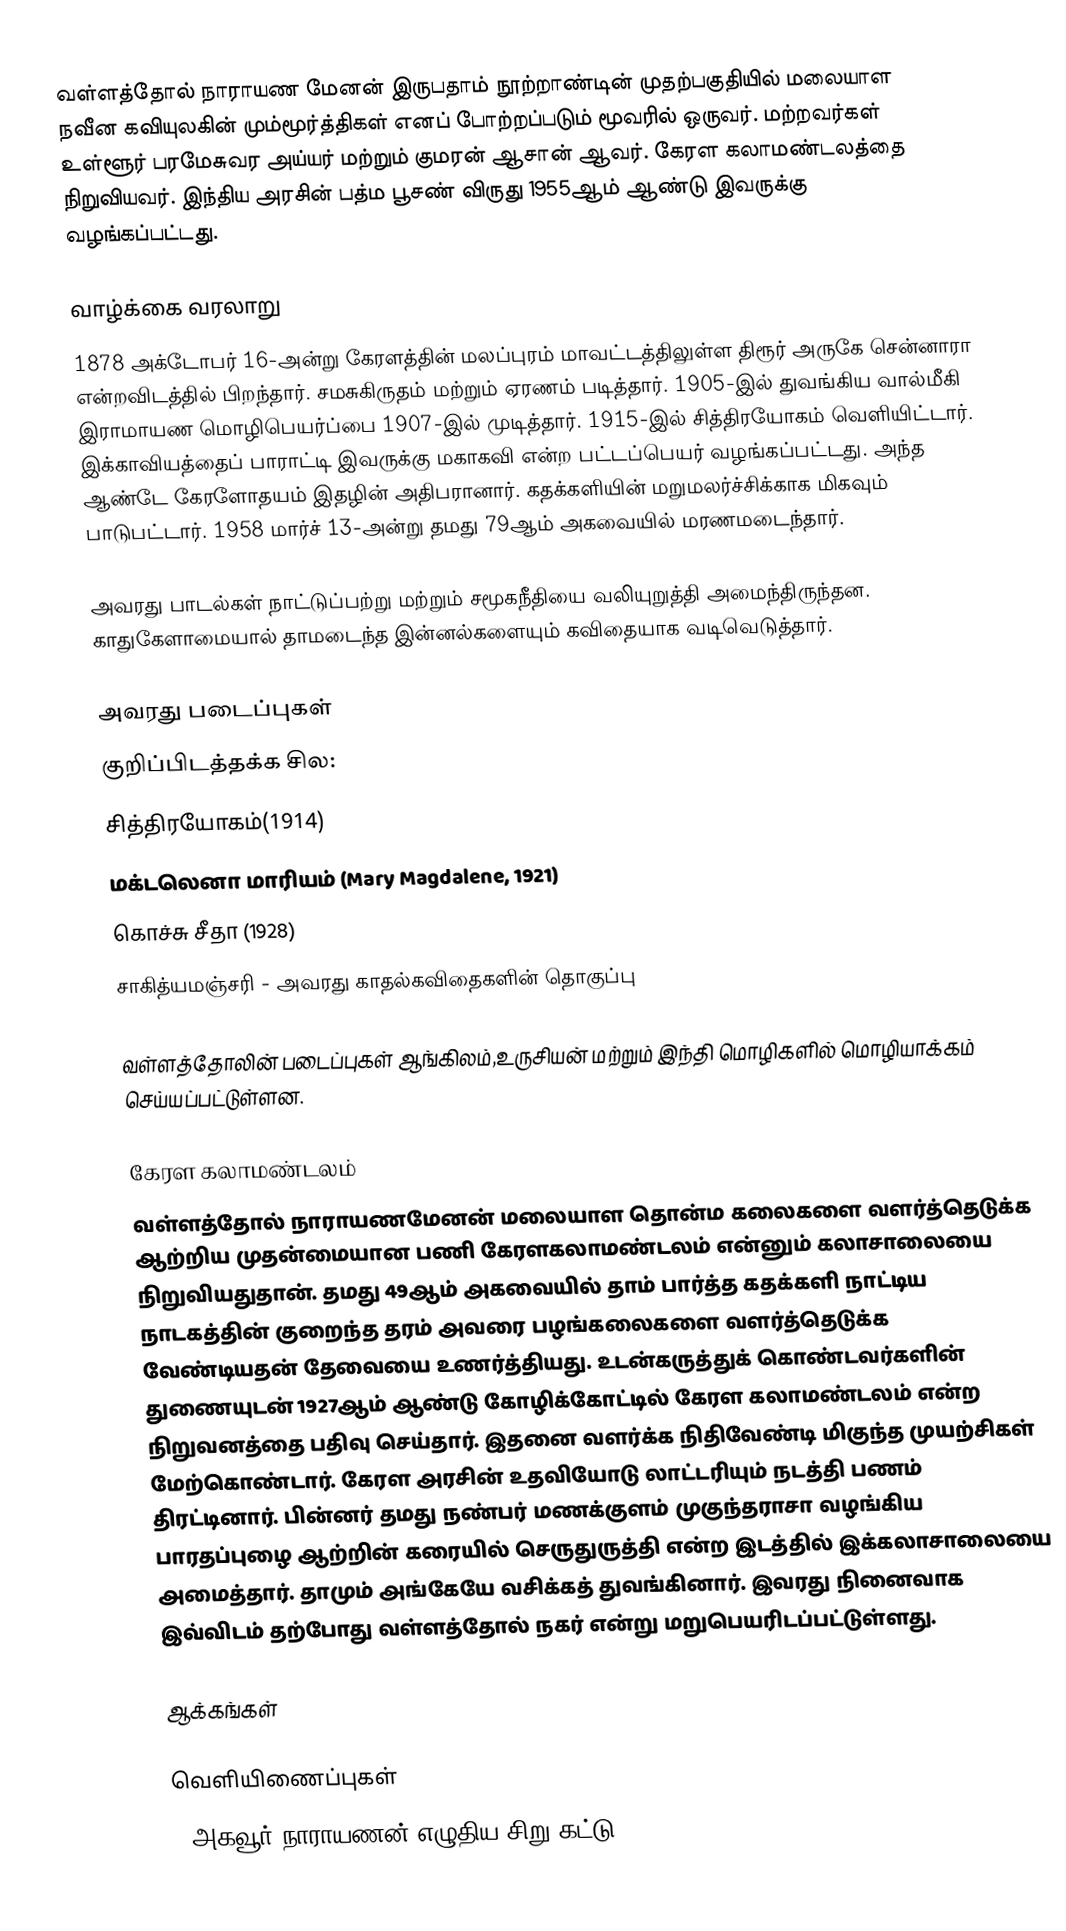
வள்ளத்தோல் நாராயண மேனன் இருபதாம் நூற்றாண்டின் முதற்பகுதியில் மலையாள நவீன கவியுலகின் மும்மூர்த்திகள் எனப் போற்றப்படும் மூவரில் ஒருவர். மற்றவர்கள் உள்ளூர் பரமேசுவர அய்யர் மற்றும் குமரன் ஆசான் ஆவர். கேரள கலாமண்டலத்தை நிறுவியவர். இந்திய அரசின் பத்ம பூசண் விருது 1955ஆம் ஆண்டு இவருக்கு வழங்கப்பட்டது.

வாழ்க்கை வரலாறு
1878 அக்டோபர் 16-அன்று கேரளத்தின் மலப்புரம் மாவட்டத்திலுள்ள திரூர் அருகே சென்னாரா என்றவிடத்தில் பிறந்தார். சமசுகிருதம் மற்றும் ஏரணம் படித்தார். 1905-இல் துவங்கிய வால்மீகி இராமாயண மொழிபெயர்ப்பை 1907-இல் முடித்தார். 1915-இல் சித்திரயோகம் வெளியிட்டார். இக்காவியத்தைப் பாராட்டி இவருக்கு மகாகவி என்ற பட்டப்பெயர் வழங்கப்பட்டது. அந்த ஆண்டே கேரளோதயம் இதழின் அதிபரானார். கதக்களியின் மறுமலர்ச்சிக்காக மிகவும் பாடுபட்டார். 1958 மார்ச் 13-அன்று தமது 79ஆம் அகவையில் மரணமடைந்தார்.

அவரது பாடல்கள் நாட்டுப்பற்று மற்றும் சமூகநீதியை வலியுறுத்தி அமைந்திருந்தன. காதுகேளாமையால் தாமடைந்த இன்னல்களையும் கவிதையாக வடிவெடுத்தார்.

அவரது படைப்புகள்
குறிப்பிடத்தக்க சில:
 சித்திரயோகம்(1914)
 மக்டலெனா மாரியம் (Mary Magdalene, 1921)
 கொச்சு சீதா (1928)
 சாகித்யமஞ்சரி - அவரது காதல்கவிதைகளின் தொகுப்பு

வள்ளத்தோலின் படைப்புகள் ஆங்கிலம்,உருசியன் மற்றும் இந்தி மொழிகளில் மொழியாக்கம் செய்யப்பட்டுள்ளன.

கேரள கலாமண்டலம்
வள்ளத்தோல் நாராயணமேனன் மலையாள தொன்ம கலைகளை வளர்த்தெடுக்க ஆற்றிய முதன்மையான பணி கேரளகலாமண்டலம் என்னும் கலாசாலையை நிறுவியதுதான். தமது 49ஆம் அகவையில் தாம் பார்த்த கதக்களி நாட்டிய நாடகத்தின் குறைந்த தரம் அவரை பழங்கலைகளை வளர்த்தெடுக்க வேண்டியதன் தேவையை உணர்த்தியது. உடன்கருத்துக் கொண்டவர்களின் துணையுடன் 1927ஆம் ஆண்டு கோழிக்கோட்டில் கேரள கலாமண்டலம் என்ற நிறுவனத்தை பதிவு செய்தார். இதனை வளர்க்க நிதிவேண்டி மிகுந்த முயற்சிகள் மேற்கொண்டார். கேரள அரசின் உதவியோடு லாட்டரியும் நடத்தி பணம் திரட்டினார். பின்னர் தமது நண்பர் மணக்குளம் முகுந்தராசா வழங்கிய பாரதப்புழை ஆற்றின் கரையில் செருதுருத்தி என்ற இடத்தில் இக்கலாசாலையை அமைத்தார். தாமும் அங்கேயே வசிக்கத் துவங்கினார். இவரது நினைவாக இவ்விடம் தற்போது வள்ளத்தோல் நகர் என்று மறுபெயரிடப்பட்டுள்ளது.

ஆக்கங்கள்

வெளியிணைப்புகள்
 - அகவூர் நாராயணன் எழுதிய சிறு கட்டு